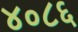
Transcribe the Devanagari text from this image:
४०८६